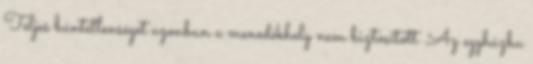
Teljes büntetlenséget azonban a menedékhely nem biztosított. Az egyházba